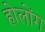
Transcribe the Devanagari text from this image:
होलोंग